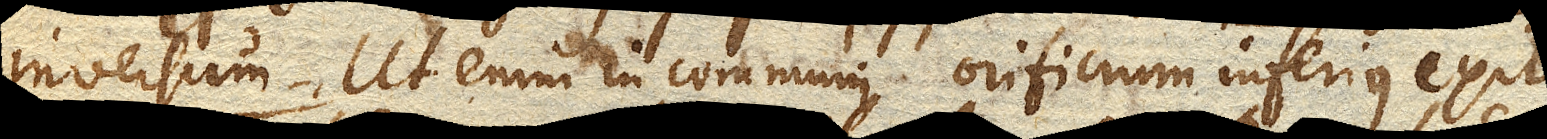
inversum. Ut enim in communi orificium inferius exit